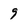
Character: 9